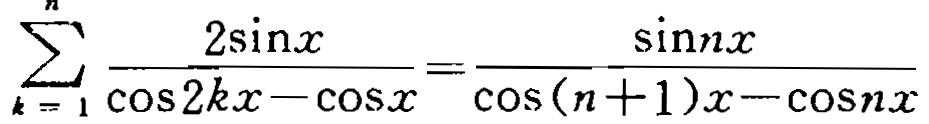
\(\sum_{k = 1}^{n} \frac{2\sin x}{\cos 2kx - \cos x}=\frac{\sin nx}{\cos (n + 1)x - \cos nx}\)